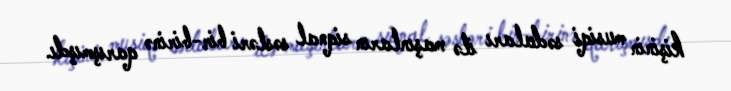
kişinin musiqi sədaları ilə maşınların siqnal səsləri bir-birinə qarışmışdı.